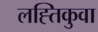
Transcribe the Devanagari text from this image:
लह्तिकुवा